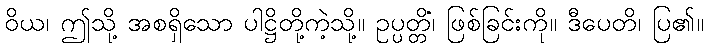
ဝိယ၊ ဤသို့ အစရှိသော ပါဋ္ဌိတို့ကဲ့သို့။ ဥပ္ပတ္တိံ၊ ဖြစ်ခြင်းကို။ ဒီပေတိ၊ ပြ၏။